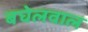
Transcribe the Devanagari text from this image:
बघेलवाल